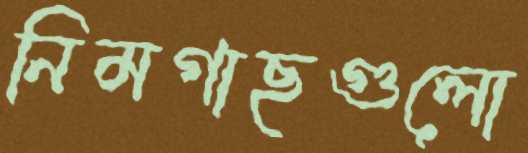
নিমগাছগুলো